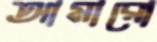
আমারো